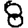
Digit: 8